Medical and sanitary report of the native army of Bengal for the year
Year: 1875
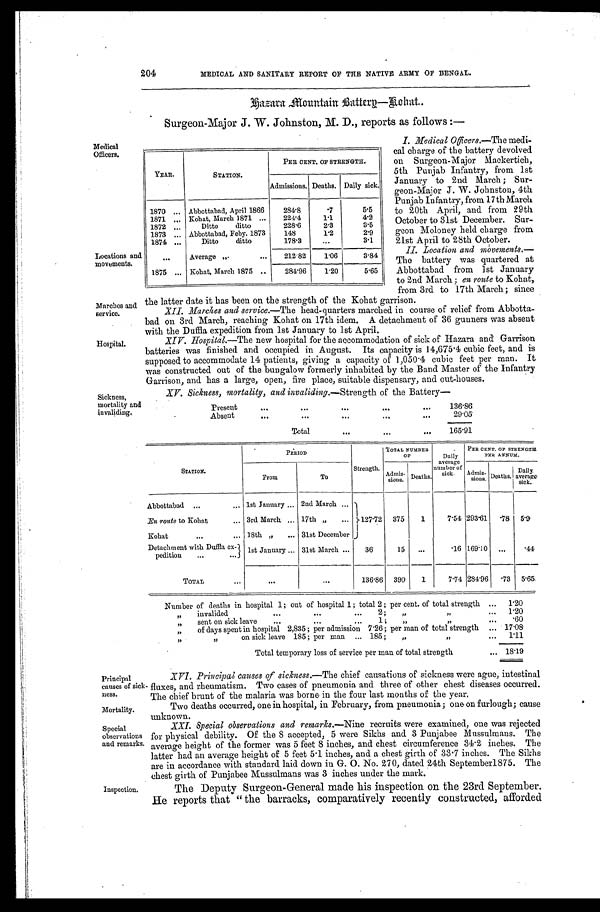
Principal
causes of sick-
ness.
Mortality.
204
MEDICAL AND SANITARY REPORT OF THE NATIVE ARMY OF BENGAL.
H a z a r a M o u n t a i n B a t t e r y — R o h a t .
Surgeon-Major J. W. Johnston, M. D., reports as follows:—
Medical
Officers.
Locations and
movements.
Marches and
service.
I. Medical Officers .—The medi-
cal charge of the battery devolved
on Surgeon-Major Mackertich,
5th Punjab Infantry, from 1st
January to 2nd March; Sur-
geon-Major J. W. Johnston, 4th
Punjab Infantry, from 17th March
to 20th April, and from 29th
October to 31st December. Sur-
geon Moloney held charge from
21st April to 28th October.
YEAR.
STATION.
PER CENT. OF STRENGTH.
Admissions. Deaths. Daily sick.
1870
Abbottabad, April 1866
284.8
.7
5.5
1871
Kohat, March 1871
224.4
1.1
4.2
1872
Ditto ditto
228.6
2.3
3.5
1873
Abbottabad, Feby. 1873
148
1.2
2.9
1874
Ditto ditto
178.3
...
3.1
...
Average
212.82
1.06
3.84
1875
Kohat, March 1875
284.96
1.20
5.65
II. Location and movements.—
The battery was quartered at
Abbottabad from 1st January
to 2nd March; en route to Kohat,
from 3rd to 17th March; since
the latter date it has been on the strength of the Kohat garrison.
XII. Marches and service.—The head-quarters marched in course of relief from Abbotta-
bad on 3rd March, reaching Kohat on 17th idem. A detachment of 36 gunners was absent
with the Duffla expedition from 1st January to 1st April.
Hospital.
XIV. Hospital.—The new hospital for the accommodation of sick of Hazara and Garrison
batteries was finished and occupied in August. Its capacity is 14,675.4 cubic feet, and is
supposed to accommodate 14 patients, giving a capacity of 1,050 . 4 cubic feet per man. It
was constructed out of the bungalow formerly inhabited by the Band Master of the Infantry
Garrison, and has a large, open, fire place, suitable dispensary, and out-houses.
Sickness,
mortality and
XV. Sickness, mortality, and invaliding.— Strength of the Battery
—
Present
136.86
Absent
29.05
Total
165.91
STATION.
PERIOD
Strength.
TOTAL NUMBER
O F
Daily
average
number of
sick.
PER CENT. OF STRENGTH
PER ANNUM.
From
To
Admis-
sions. Deaths.
Admis-
sions. Deaths.
D a i l y a v e r a g e s i c k .
Abbottabad
1st January
2nd March
127.72 375
1
7.54 293.61 .78 5.9.
En route to Kohat
3rd March
17th „
Kohat
18th " 31st December
Detachment with Duffla ex- '
pedition
1st January
31st March
36
15 ...
.16 169.10 . . .
.44
TOTAL
... ...
136.86 390
1
7.74 284.96 .73 5.65
Number of deaths in hospital 1; out of hospital 1; total 2 ; per cent. of total strength
1.20
" invalided 2; " "
1.20
" sent on sick leave 1 ; " "
.60
„" of days spent in hospital 2,835 ; per admission 7.26 ; per man of total strength
17.08
" " on sick leave 185 ; per man 185 ;" "
1 . 1 1
Total temporary loss of service per man of total strength
18.19
XVI. Principal causes of sickness.— The chief causations of sickness were ague, intestinal
fluxes, and rheumatism. Two cases of pneumonia and three of other chest diseases occurred.
The chief brunt of the malaria was borne in the four last months of the year.
Two deaths occurred, one in hospital, in February, from pneumonia; one-on furlough; cause
unknown.
Special
observations
and remarks,
Inspection.
XXI. Special observations and remarks.— Nine recruits were examined, one was rejected
for physical debility. Of the 8 accepted, 5 were Sikhs and 3 Punjabee Mussulmans. The
average height of the former was 5 feet 8 inches, and chest circumference 34.2 inches. The
latter had an average height of 5 feet 5.1 inches, and a chest girth of 33.7 inches. The Sikhs
are in accordance with standard laid down in G. O. No. 270, dated 24th September 1875. The
chest girth of Punjabee Mussulmans was 3 inches under the mark.
The Deputy Surgeon-General made his inspection on the 23rd September.
He reports that "the barracks, comparatively recently constructed, afforded